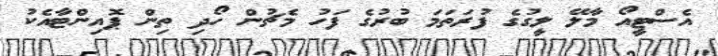
އެސްޓީއޯ މާލޭ ލީގުގެ ފުރަތަމަ ބުރުގެ ފަހު މެޗުން ހޯދި ތިން ޕޮއިންޓާއެކު